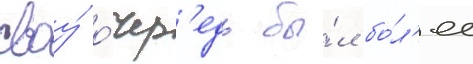
своу́ о́чер'едь бы́л бо́л'ее